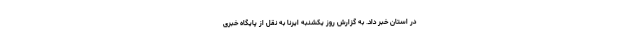
در استان خبر داد. به گزارش روز یکشنبه ایرنا به نقل از پایگاه خبری